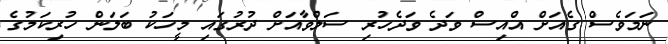
ނަމަވެސް ގެއަށް އްއިސް ވަދެ ވަދެހުރި ސަލްވާއަށް ދުރުގައި މީހަކު ބަލަން ހުރިކަމުގެ